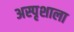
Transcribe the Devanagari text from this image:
अस्पृशाला